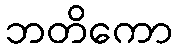
ဘတိကော